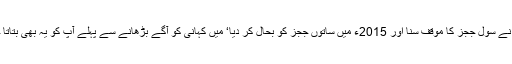
جسٹس مظاہر علی اکبر نقوی کی سربراہی میں تین ججز کی کمیٹی بنی‘ کمیٹی نے سول ججز کا موقف سنا اور 2015ء میں ساتوں ججز کو بحال کر دیا‘ میں کہانی کو آگے بڑھانے سے پہلے آپ کو یہ بھی بتاتا چلوں ان ساتوں ججز کو اپنی بے گناہی ثابت کرنے میں 15 ماہ لگ گئے تھے۔